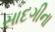
સાદગીના